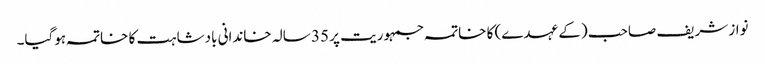
نواز شریف صاحب (کے عہدے) کا خاتمہ جمہوریت پر 35 سالہ خاندانی بادشاہت کا خاتمہ ہوگیا۔